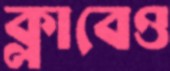
ক্লাবেও